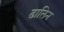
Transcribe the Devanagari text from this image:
ढालिन